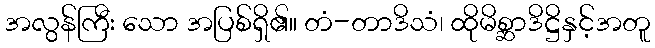
အလွန်ကြီး သော အပြစ်ရှိ၏။ တံ-တာဒိသံ၊ ထိုမိစ္ဆာဒိဋ္ဌိနှင့်အတူ